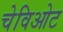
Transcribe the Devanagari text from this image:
चेविओट